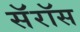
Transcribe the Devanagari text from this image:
सॅरॉस